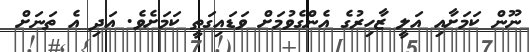
ނޫން ކަމަށާއި އަލީ ޒާހިރުގެ އެންގެވުމަށް ވަޑައިގަތީ ކަމަށެވެ. އަދި އެ ތަނަށް